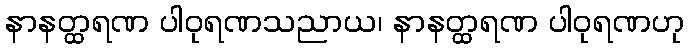
နာနတ္ထရဏ ပါဝုရဏသညာယ၊ နာနတ္ထရဏ ပါဝုရဏဟု